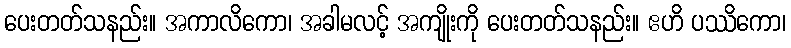
ပေးတတ်သနည်း။ အကာလိကော၊ အခါမလင့် အကျိုးကို ပေးတတ်သနည်း။ ဧဟိ ပဿိကော၊